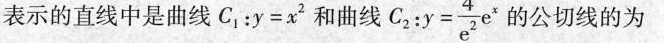
表示的直线中是曲线C_{1}：y=x^{2}和曲线C_{2} $_{2:y= \frac{4}{e^{2}}e^{x}$$ 的公切线的为